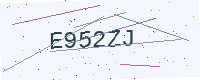
Text: E952ZJ